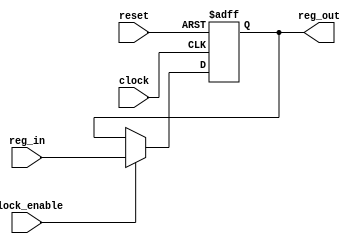
// Coder:           Gustavo Alejandro Solorio Ramos
// Name:            asyn_rst_reg.v
// Description:     Register with active-high clock & asynchronous reset & synchronous clock enable .
module asyn_rst_reg #(parameter SIZE = 32)(clock,reset,reg_in,clock_enable,reg_out);
input clock,reset,clock_enable;
input [SIZE -1 :0] reg_in;
output [SIZE -1 :0] reg_out;
reg [SIZE -1 :0] reg_out;
always @ (negedge reset or posedge clock)
	begin
		if (!reset)
			begin
			reg_out <= 0;
			end
		else
			begin
			if (clock_enable)
				begin
					reg_out <= reg_in;
			end
		end
	end
endmodule